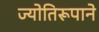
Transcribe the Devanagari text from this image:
ज्योतिरूपाने